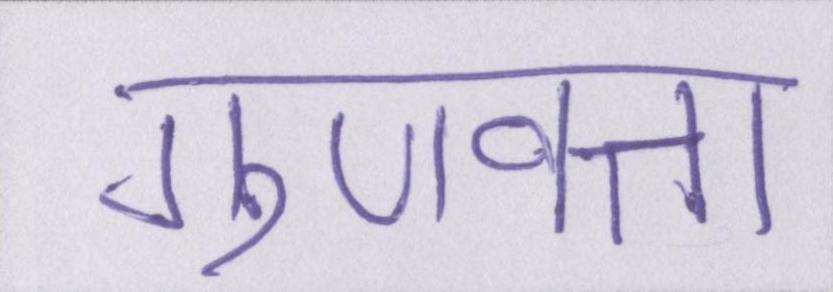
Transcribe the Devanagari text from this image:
गुणवत्ता